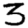
Digit: 3